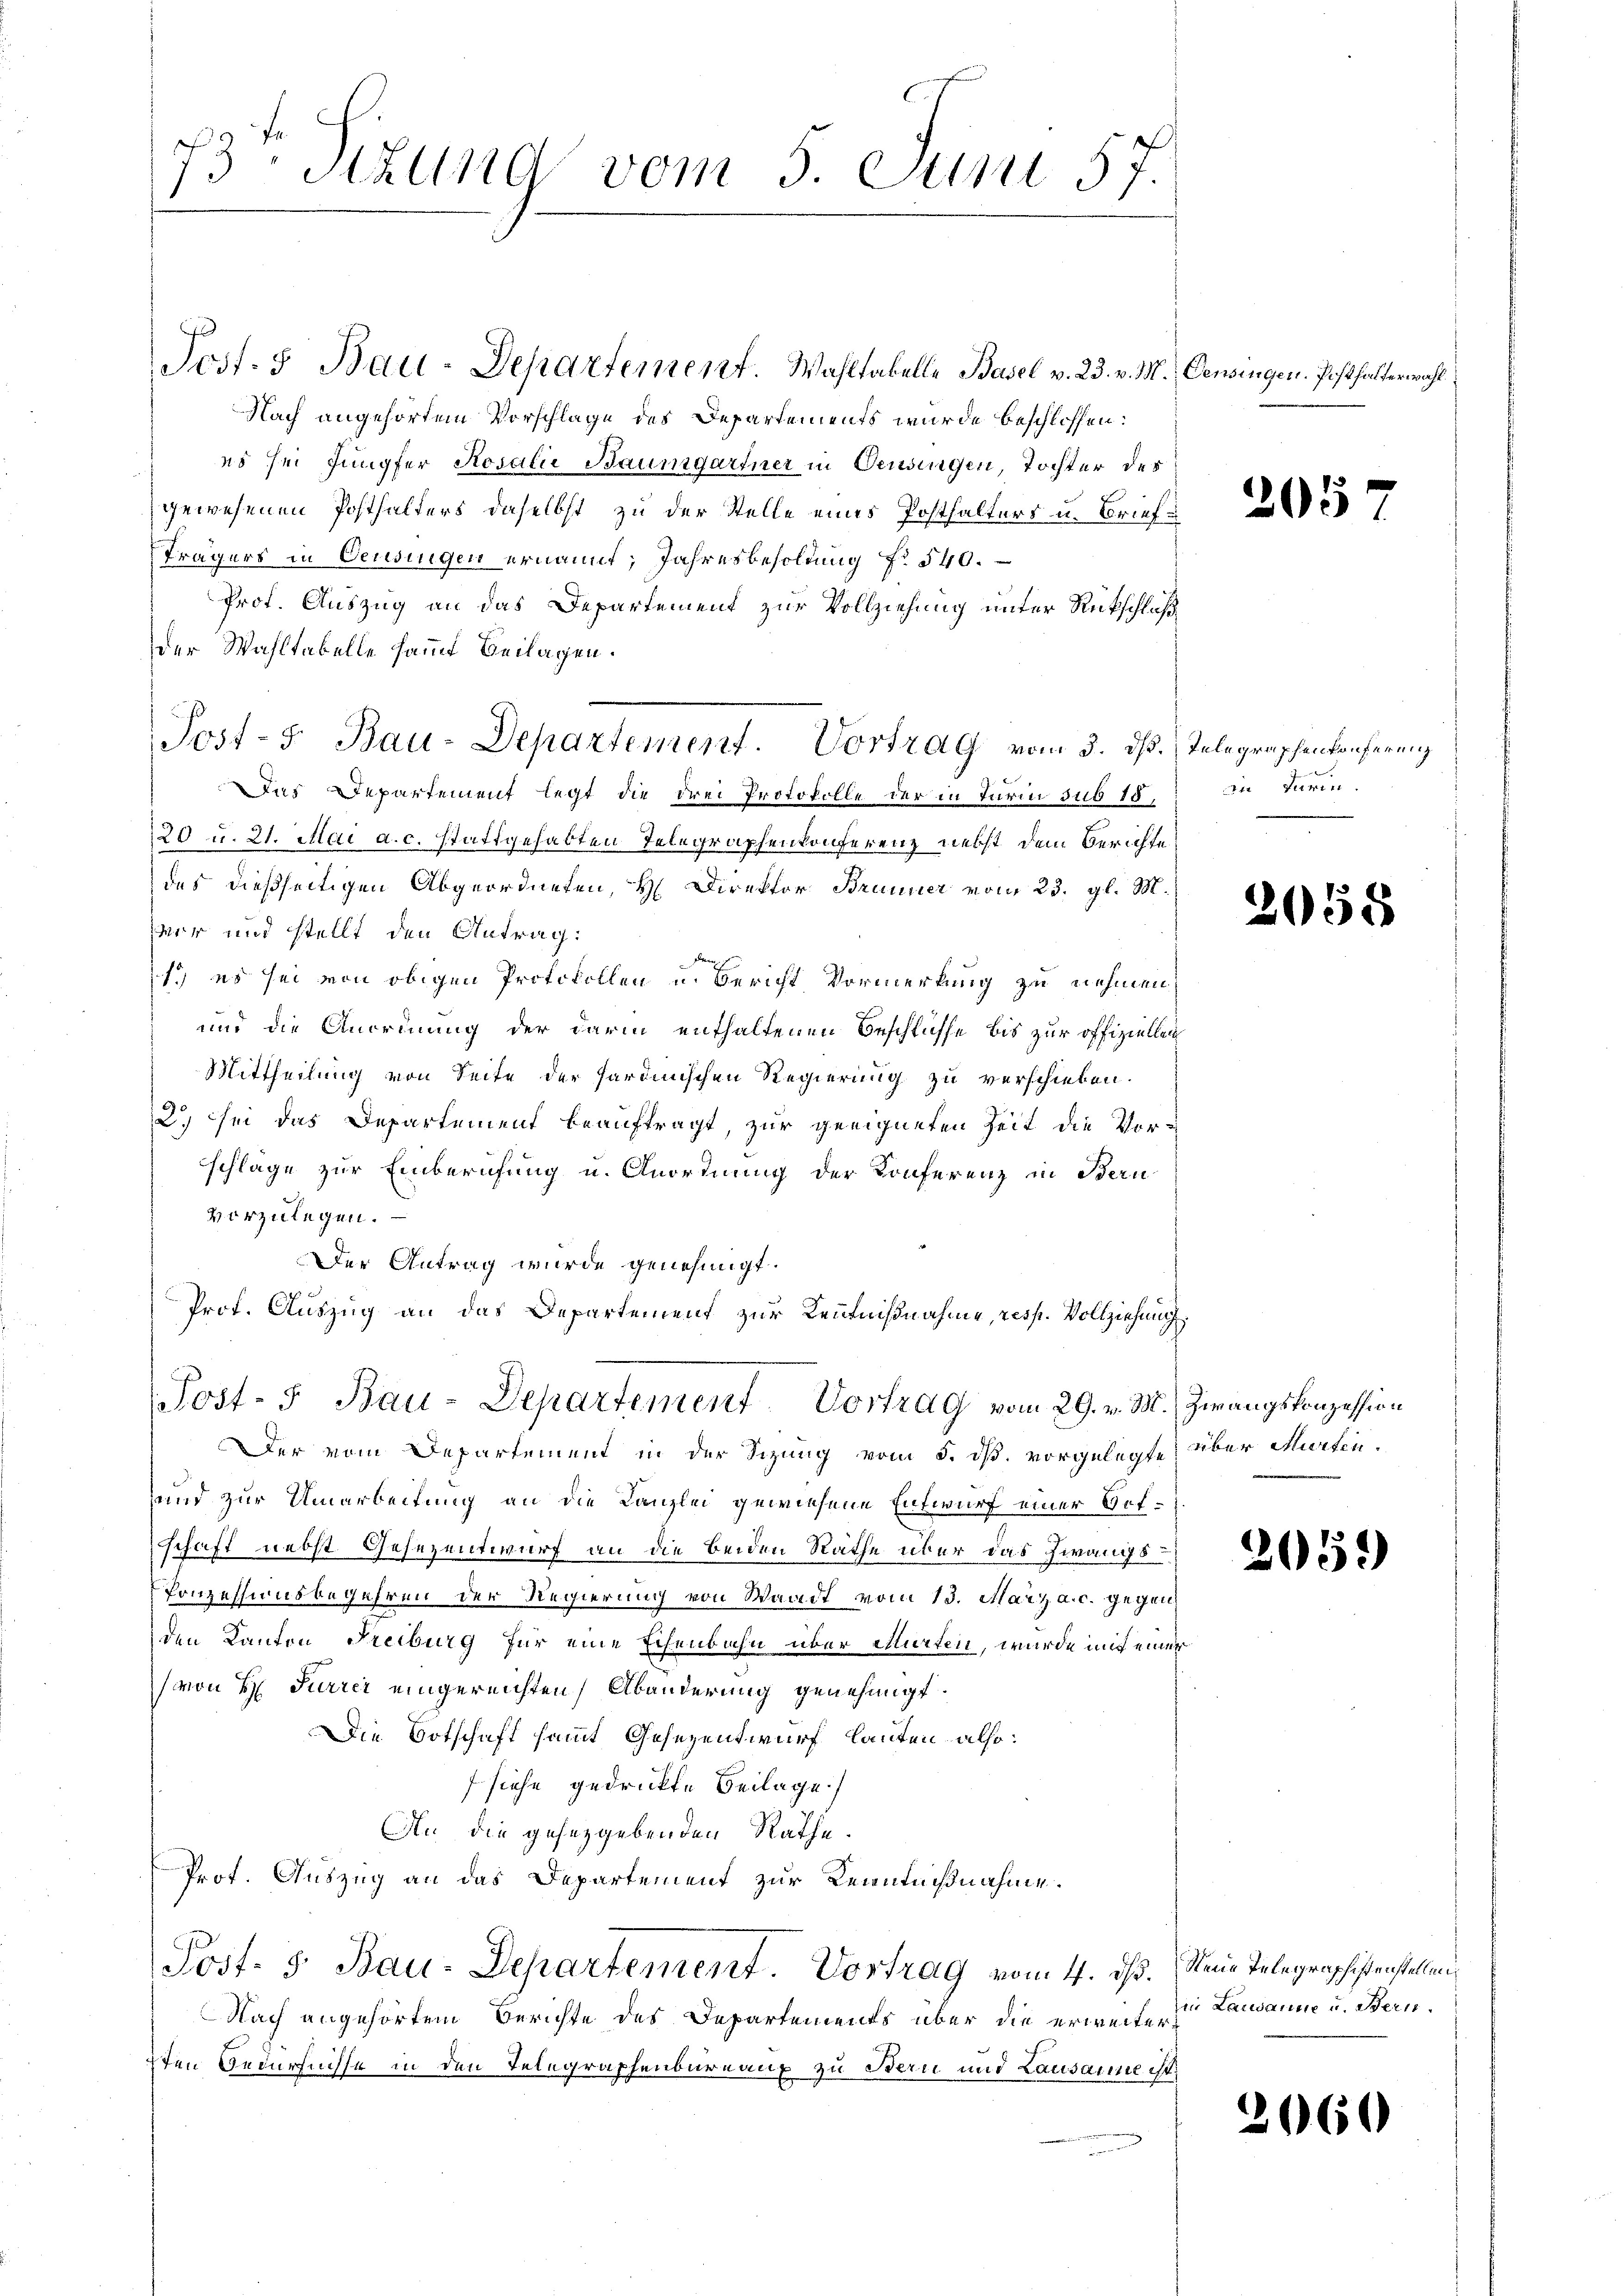
73 Stzung vom 5. Juni 57.
1

Josf. 3 Bau-Departement. Wahltabelle Basel v. 23. v. M. Censingen. Posthalterwahl
Nach angehörtem Vorschlage des Departements wurde beschlossen:
es sei Jungfer Rosalie Baumgartner in Oensingen, Tochter des
gewesenen Posthalters daselbst zu der Stelle eines Posthalters u. Brief
frägers in Deusingen ernannt; Jahresbesoldung f. 540.
Prof. Auszug an das Departement zur Vollziehung unter Rückschluß
der Wahltakelle sammt Beilagen.
Post-5 Bau-Departement. Vortrag vom 3. dß. Telegraphenkonferung
Dns Departement legt die drei Protokolle der in Turin sub 15,
20 u. 21. Mai a.c. stattgehabten Telegraphenkonferenz nebst dem Berichte
des dießseitigen Abgeordneten, H. Direktor Brunner vom 23. gl. M.
war und stellt den Antrag:
1) es sei von obigen Protokollen u. Bericht Vormerkung zu nehmen
und die Anordnung der darin enthaltenen Beschlüsse bis zur offiziellen
Mittheilung von Seite der Sardinischen Regierung zu verschieben.
2) sei das Departement beauftragt, zur geeigneten Zeit die Vor-
schläge zur Einberufung u. Anordnung der Konferenz in Bern
vorzulegen.
Der Antrag wurde genehmigt.
Prof. Auszug an das Departement zur Kenntnißnahme, resp. Vollziehung
Post- 5 Bau-Departement Vortrag vom 29. v. M. Zwangskonzession
Der vom Departement in der Sizung vom 5. ds. vorgelegte über Marten.
und zur Umarbeitung an die Kanzlei gewiesene Entwurf einer Oetschaft nebst Gesezentwurf an die beiden Rathe über das Zwangs
Ponzessionsbegehren der Regierung von Waadt vom 13. März a. c. gegen
den Kanton Freiburg für eine Eisenbahn über Murten, wurde mit einer
(von H Furrer eingereichten Abänderung genehmigt.
Die Botschaft sammt Gesezentwurf lauten also:
siehe gedruckte Beilage)
An die gesetzgebenden Rathe.
Prot. Auszug an das Departement zur Kenntnißnahme.
Post- 5. Bau-Departement. Vortrag vom 4. ds. Neue Telegraphisterstellen
Nach angehörtem Berichte des Departements über die erweiter¬
7ten Bedürfnisse in den Telegraphenbureaux zu Bern und Lausanne ist,

265

an darin.

)

058

2059

in Lausanne u. Bern.

2660